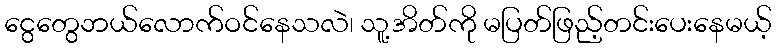
ငွေတွေဘယ်လောက်ဝင်နေသလဲ၊ သူ့အိတ်ကို မပြတ်ဖြည့်တင်းပေးနေမယ့်